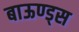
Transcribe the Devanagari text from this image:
बाऊण्ड्स